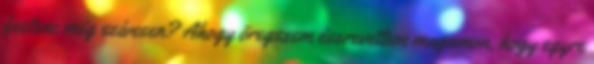
festene még szívesen? Ahogy öregszem észrevettem magamon, hogy egyre